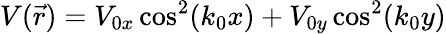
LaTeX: V(\vec{r})=V_{0x}\cos^{2}(k_{0}x)+V_{0y}\cos^{2}(k_{0}y)